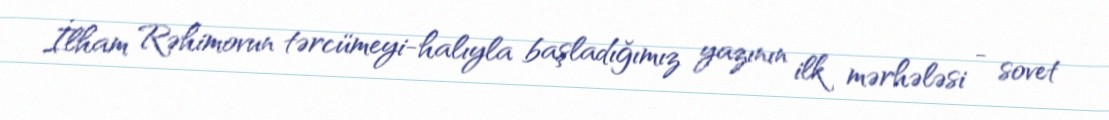
İlham Rəhimovun tərcümeyi-halıyla başladığımız yazının ilk mərhələsi - sovet